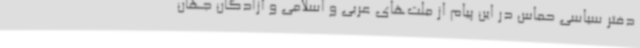
دفتر سیاسی حماس در این پیام از ملت‌های عربی و اسلامی و آزادگان جهان